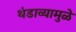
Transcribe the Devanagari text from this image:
थंडाव्यामुळे